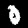
Label: 0